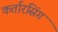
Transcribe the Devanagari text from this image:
कर्तारसिंग